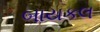
બાયકલ